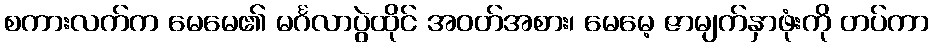
စကားလက်က မေမေ၏ မင်္ဂလာပွဲထိုင် အဝတ်အစား၊ မေမေ့ ဇာမျက်နှာဖုံးကို တပ်ကာ